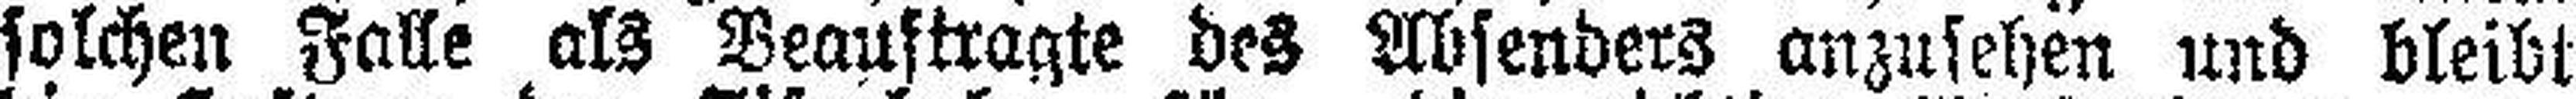
solchen Falle als Beauftragte des Absenders anzusehen und bleibt